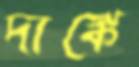
দাঙ্কে